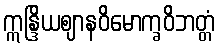
ဣန္ဒြိယဈာနဝိမောက္ခဝိဘတ္တံ